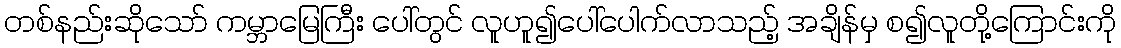
တစ်နည်းဆိုသော် ကမ္ဘာမြေကြီး ပေါ်တွင် လူဟူ၍ပေါ်ပေါက်လာသည့် အချိန်မှ စ၍လူတို့ကြောင်းကို